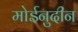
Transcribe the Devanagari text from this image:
मोईनुदीन